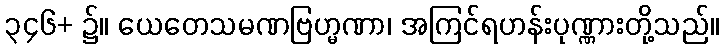
၃၄၆+ ၌။ ယေတေသမဏဗြဟ္မဏာ၊ အကြင်ရဟန်းပုဏ္ဏားတို့သည်။